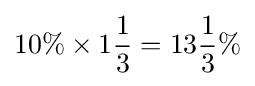
10\%\times 1{\frac {1}{3}}=13{\frac {1}{3}}\%